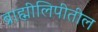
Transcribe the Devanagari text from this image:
ब्राह्मीलिपीतील